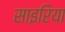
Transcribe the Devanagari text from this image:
साइरिया